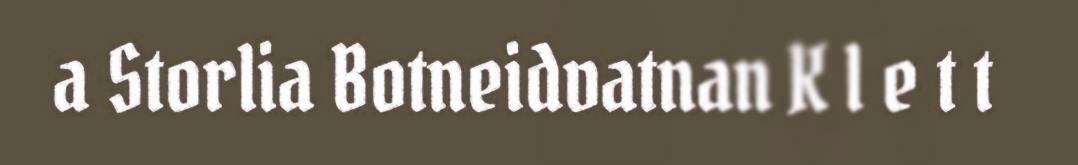
a Storlia Botneidvatnan K l e t t